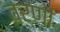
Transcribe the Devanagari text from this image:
वर्णॊं